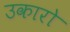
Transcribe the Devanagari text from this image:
उकारो